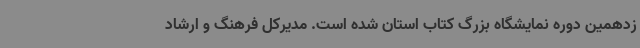
زدهمین دوره نمایشگاه بزرگ کتاب استان شده است. مدیرکل فرهنگ و ارشاد